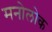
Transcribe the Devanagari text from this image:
मनोलोक